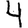
Digit: 4